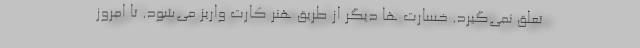
تعلق نمی‌گیرد. خسارت ها دیگر از طریق هنر کارت واریز می‌شود. تا امروز